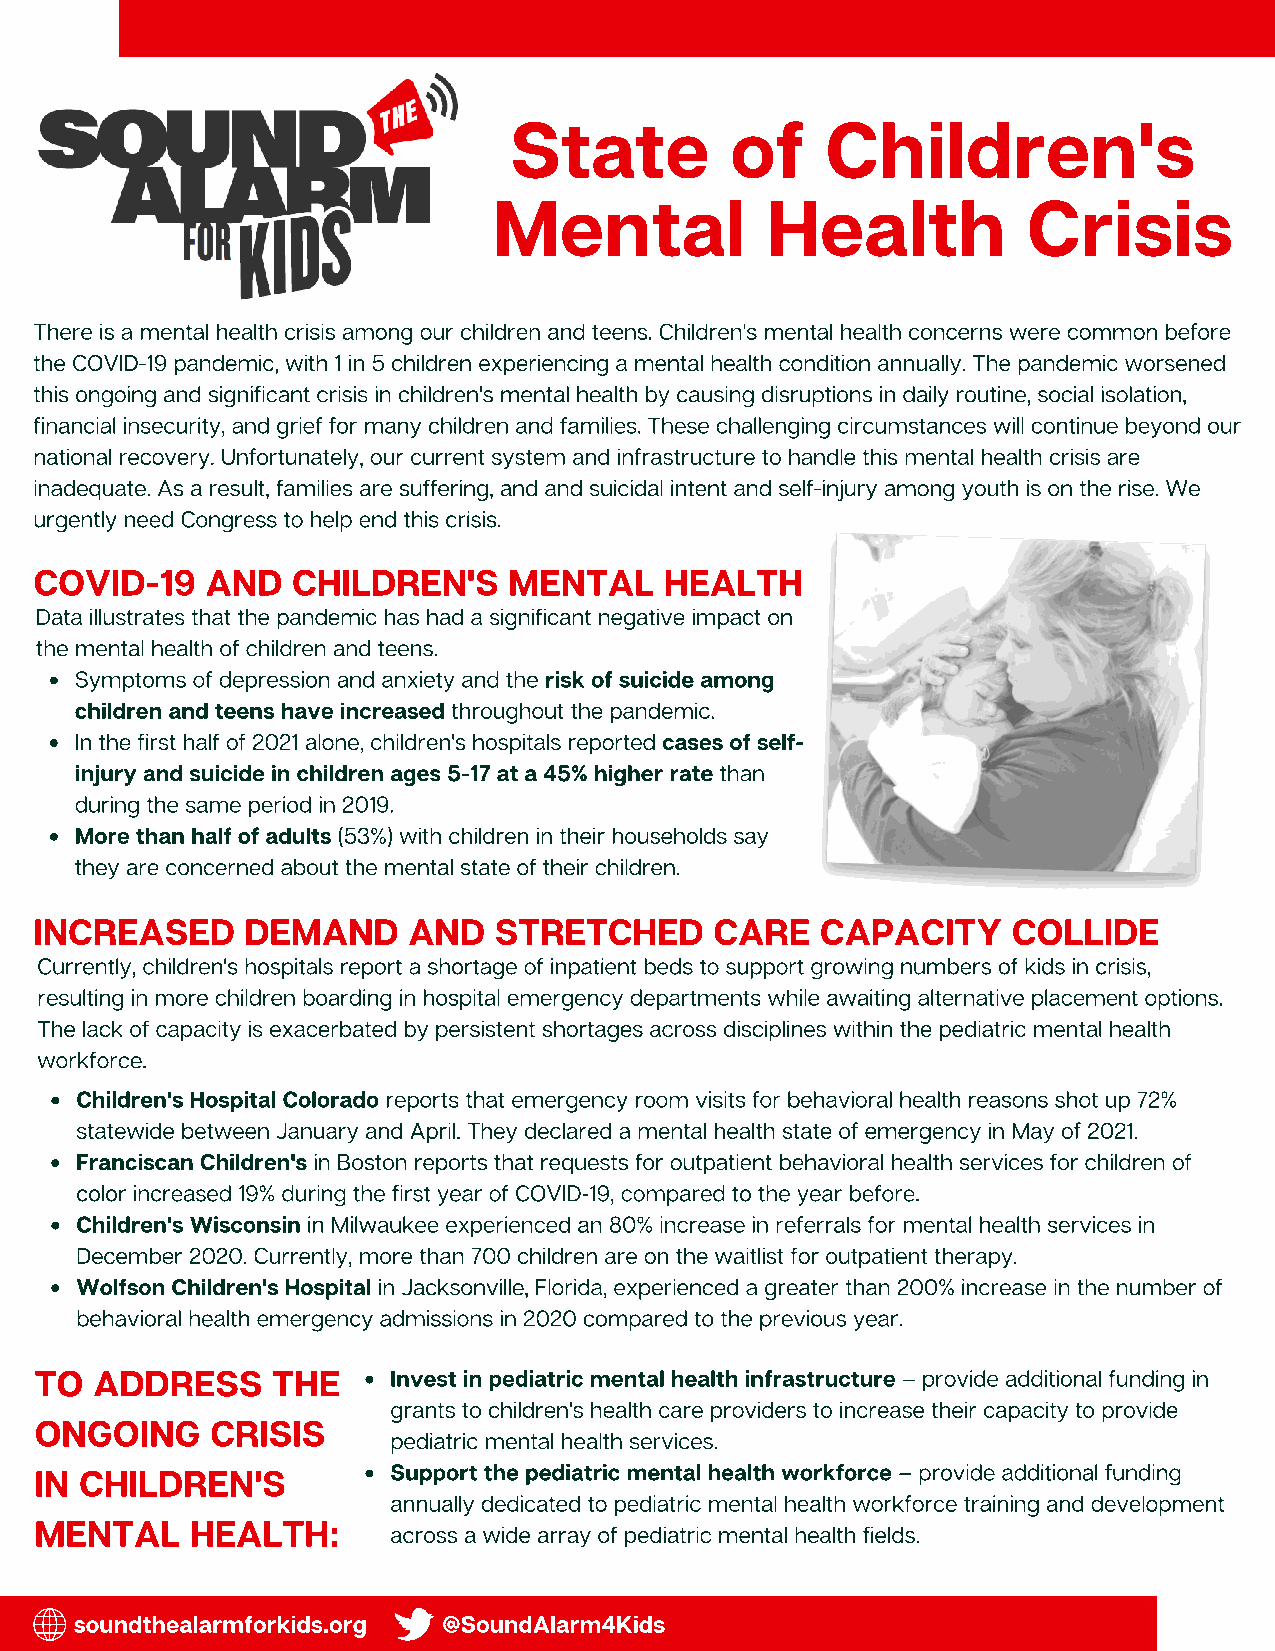
State         of     Children's
 Mental            Health           Crisis
 There is a mental health crisis among our children and teens. Children's mental health concerns were common before
 the COVID-19 pandemic, with 1 in 5 children experiencing a mental health condition annually. The pandemic worsened
 this ongoing and significant crisis in children's mental health by causing disruptions in daily routine, social isolation,
 financial insecurity, and grief for many children and families. These challenging circumstances will continue beyond our
 national recovery. Unfortunately, our current system and infrastructure to handle this mental health crisis are
 inadequate. As a result, families are suffering, and and suicidal intent and self-injury among youth is on the rise. We
 urgently need Congress to help end this crisis.
 COVID-19    AND  CHILDREN'S     MENTAL    HEALTH
 Data illustrates that the pandemic has had a significant negative impact on
 the mental health of children and teens.
 Symptoms of depression and anxiety and the risk of suicide among
 children and teens have increased throughout the pandemic.
 In the first half of 2021 alone, children's hospitals reported cases of self-
 injury and suicide in children ages 5-17 at a 45% higher rate than
 during the same period in 2019.
 More than half of adults (53%) with children in their households say
 they are concerned about the mental state of their children.
 INCREASED     DEMAND     AND   STRETCHED     CARE   CAPACITY     COLLIDE
 Currently, children's hospitals report a shortage of inpatient beds to support growing numbers of kids in crisis,
 resulting in more children boarding in hospital emergency departments while awaiting alternative placement options.
 The lack of capacity is exacerbated by persistent shortages across disciplines within the pediatric mental health
 workforce.
 Children's Hospital Colorado reports that emergency room visits for behavioral health reasons shot up 72%
 statewide between January and April. They declared a mental health state of emergency in May of 2021.
 Franciscan Children's in Boston reports that requests for outpatient behavioral health services for children of
 color increased 19% during the first year of COVID-19, compared to the year before.
 Children's Wisconsin in Milwaukee experienced an 80% increase in referrals for mental health services in
 December 2020. Currently, more than 700 children are on the waitlist for outpatient therapy.
 Wolfson Children's Hospital in Jacksonville, Florida, experienced a greater than 200% increase in the number of
 behavioral health emergency admissions in 2020 compared to the previous year.
 TO  ADDRESS     THE     Invest in pediatric mental health infrastructure – provide additional funding in
 grants to children's health care providers to increase their capacity to provide
 ONGOING     CRISIS
 pediatric mental health services.
 IN CHILDREN'S           Support the pediatric mental health workforce – provide additional funding
 annually dedicated to pediatric mental health workforce training and development
 MENTAL     HEALTH:
 across a wide array of pediatric mental health fields.
 soundthealarmforkids.org @SoundAlarm4Kids